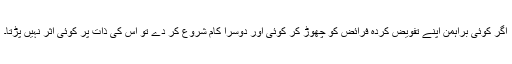
اگر کوئی براہمن اپنے تفویض کردہ فرائض کو چھوڑ کر کوئی اور دوسرا کام شروع کر دے تو اس کی ذات پر کوئی اثر نہیں پڑتا۔